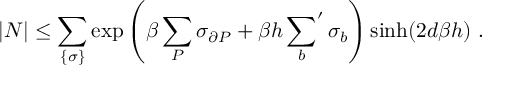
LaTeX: | N | \leq \sum _ { \{ \sigma \} } \exp \left( \beta \sum _ { P } \sigma _ { \partial P } + \beta h \sideset { } { ' } \sum _ { b } \sigma _ { b } \right) \sinh ( 2 d \beta h ) ~ .